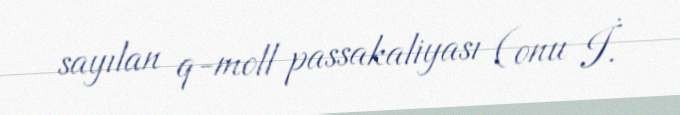
sayılan q-moll passakaliyası (onu İ.